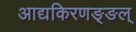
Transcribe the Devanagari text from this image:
आद्यकिरणङ्ङल्